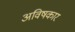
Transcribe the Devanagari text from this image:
अविषकार